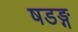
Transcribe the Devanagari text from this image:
षडङ्ग